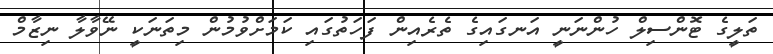
ތަލީގެ ޓޮންސިލް ހުންނަނީ އަނގައިގެ ތެރެއިން ފަހަތުގައި ކަމަށްވުމުން މިތަނަކީ ނޭވާލާ ނިޒާމް